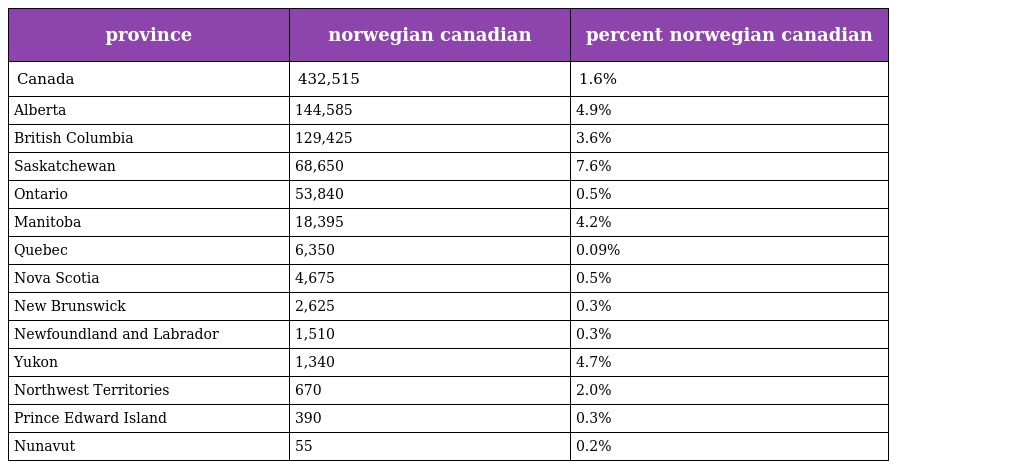
| province | norwegian canadian | percent norwegian canadian |
 | --- | --- | --- |
 | Canada | 432,515 | 1.6% |
 | Alberta | 144,585 | 4.9% |
 | British Columbia | 129,425 | 3.6% |
 | Saskatchewan | 68,650 | 7.6% |
 | Ontario | 53,840 | 0.5% |
 | Manitoba | 18,395 | 4.2% |
 | Quebec | 6,350 | 0.09% |
 | Nova Scotia | 4,675 | 0.5% |
 | New Brunswick | 2,625 | 0.3% |
 | Newfoundland and Labrador | 1,510 | 0.3% |
 | Yukon | 1,340 | 4.7% |
 | Northwest Territories | 670 | 2.0% |
 | Prince Edward Island | 390 | 0.3% |
 | Nunavut | 55 | 0.2% |